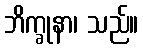
ဘိက္ခုနာ၊ သည်။